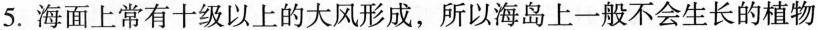
5.海面上常有十级以上的大风形成，所以海岛上一般不会生长的植物